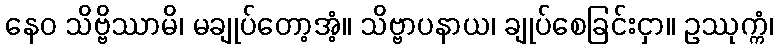
နေဝ သိဗ္ဗိဿာမိ၊ မချုပ်တော့အံ့။ သိဗ္ဗာပနာယ၊ ချုပ်စေခြင်းငှာ။ ဥဿုက္ကံ၊